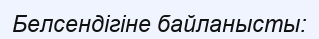
Белсендігіне байланысты: